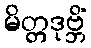
မိတ္တဒုဗ္ဘိံ